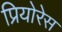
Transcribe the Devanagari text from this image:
प्रियोरेस